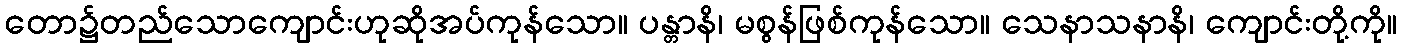
တော၌တည်သောကျောင်းဟုဆိုအပ်ကုန်သော။ ပန္တာနိ၊ မစွန်ဖြစ်ကုန်သော။ သေနာသနာနိ၊ ကျောင်းတို့ကို။